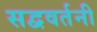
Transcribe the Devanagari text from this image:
सद्ववर्तनी